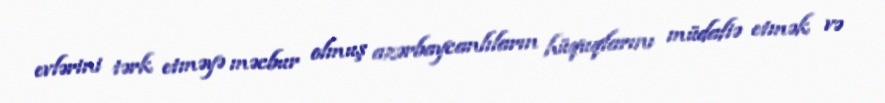
evlərini tərk etməyə məcbur olmuş azərbaycanlıların hüquqlarını müdafiə etmək və